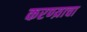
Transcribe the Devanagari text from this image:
करण्य़ाचा